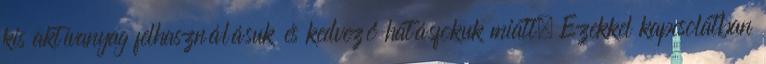
kis aktívanyag felhasználásuk és kedvező hatásfokuk miatt. Ezekkel kapcsolatban